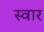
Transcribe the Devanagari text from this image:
स्‍वार